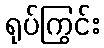
ရုပ်ကြွင်း